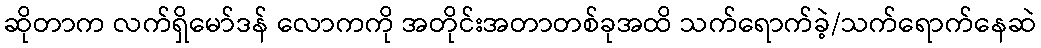
ဆိုတာက လက်ရှိမော်ဒန် လောကကို အတိုင်းအတာတစ်ခုအထိ သက်ရောက်ခဲ့/သက်ရောက်နေဆဲ